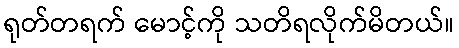
ရုတ်တရက် မောင့်ကို သတိရလိုက်မိတယ်။